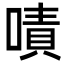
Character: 嘖